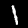
Digit: 1